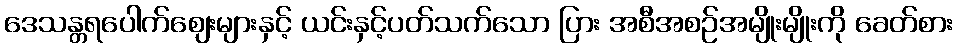
ဒေသန္တရပေါက်ဈေးများနှင့် ယင်းနှင့်ပတ်သက်သော ပြား အစီအစဉ်အမျိုးမျိုးကို ခေတ်စား